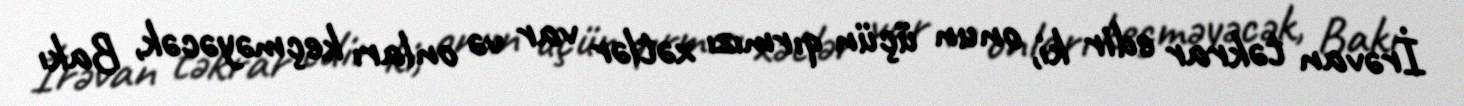
İrəvan təkrar edir ki, onun üçün qırmızı xətlər var və onları keçməyəcək, Bakı